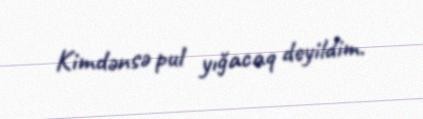
Kimdənsə pul yığacaq deyildim.